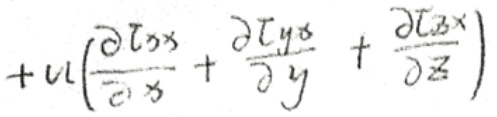
\[ + u\left(\frac{\partial \mathcal{L}_{xx}}{\partial x}+\frac{\partial \mathcal{L}_{y x}}{\partial y}+\frac{\partial \mathcal{L}_{z x}}{\partial z}\right) \]